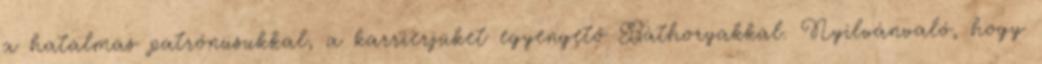
a hatalmas patrónusukkal, a karrierjüket egyengető Báthoryakkal. Nyilvánvaló, hogy